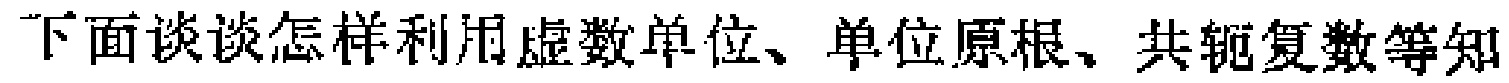
下面谈谈怎样利用虚数单位、单位原根、共轭复数等知